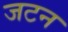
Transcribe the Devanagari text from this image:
जटन